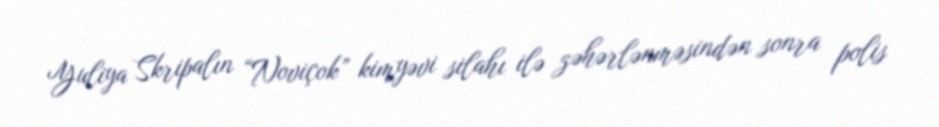
Yuliya Skripalın “Noviçok” kimyəvi silahı ilə zəhərlənməsindən sonra polis